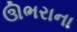
ઊભરાના